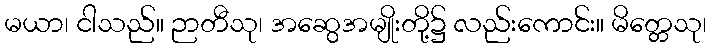
မယာ၊ ငါသည်။ ဉာတီသု၊ အဆွေအမျိုးတို့၌ လည်းကောင်း။ မိတ္တေသု၊